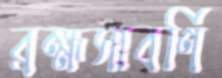
ব্রহ্মসাবর্ণি